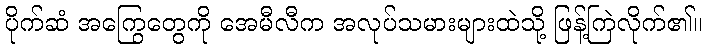
ပိုက်ဆံ အကြွေတွေကို အေမီလီက အလုပ်သမားများထဲသို့ ဖြန့်ကြဲလိုက်၏။